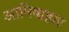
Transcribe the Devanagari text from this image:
आमिषाहार